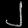
Digit: ၂